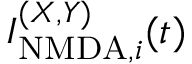
I _ { \mathrm { N M D A } , i } ^ { ( X , Y ) } ( t )